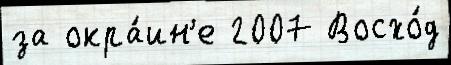
за окра́ин'е 2007 Восхо́д